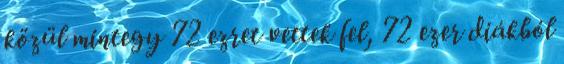
közül mintegy 72 ezret vettek fel, 72 ezer diákból